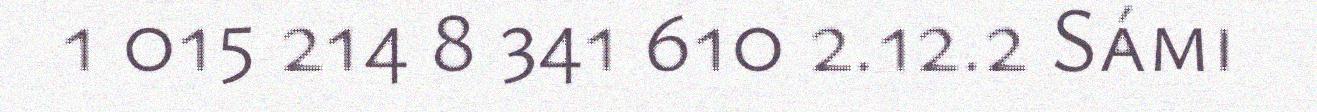
1 015 214 8 341 610 2.12.2 Sámi